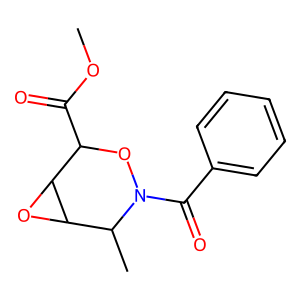
SMILES: COC(=O)C1ON(C(=O)c2ccccc2)C(C)C2OC12
Inhibits HIV replication: No